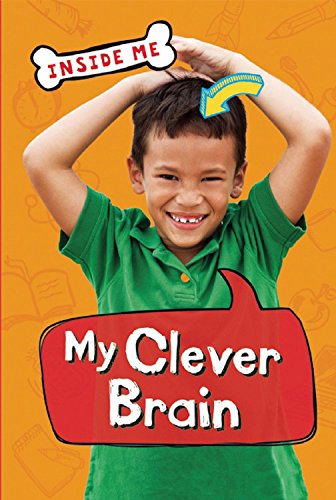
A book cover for My Clever Brain (Inside Me); Lauren Taylor; Children's Books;